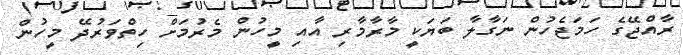
ރާއްޖޭގެ ހަމަޖެހުން ނަގާލާ ބަޔަކީ މާރާމާރި އާއި މީހުން މެރުމަށް ހިތްވަރުދޭ މީހުން